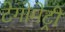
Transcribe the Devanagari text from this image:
टेगोमेट्री